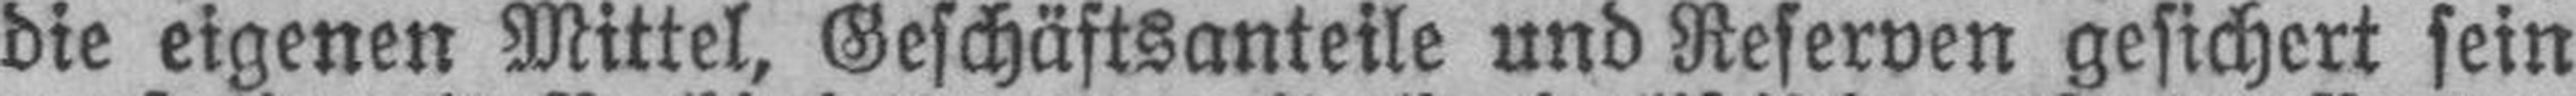
die eigenen Mittel, Geschäftsanteile und Reserven gesichert sein